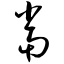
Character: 当